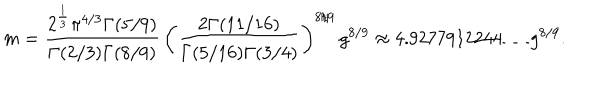
LaTeX: m = { \frac { 2 ^ { \frac { 1 } { 3 } } \pi ^ { 4 / 3 } \Gamma ( 5 / 9 ) } { \Gamma ( 2 / 3 ) \Gamma ( 8 / 9 ) } } \, \left( { \frac { 2 \Gamma ( 1 1 / 1 6 ) } { \Gamma ( 5 / 1 6 ) \Gamma ( 3 / 4 ) } } \right) ^ { 8 / 9 } \, g ^ { 8 / 9 } \approx 4 . 9 2 7 7 9 1 2 2 4 4 \ldots g ^ { 8 / 9 } .